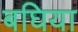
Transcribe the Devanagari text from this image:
बघिया